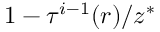
1 - \tau ^ { i - 1 } ( r ) / z ^ { * }